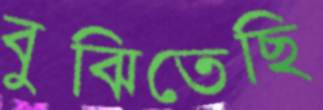
বুঝিতেছি